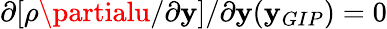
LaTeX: \partial[\rho\partialu/\partial\mathbf{y}]/\partial\mathbf{y}(\mathbf{y}_{GIP})=0